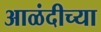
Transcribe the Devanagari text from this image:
आळंदीच्या